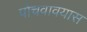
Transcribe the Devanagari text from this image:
पोचवावयास